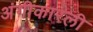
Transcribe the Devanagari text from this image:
अंगीकारली